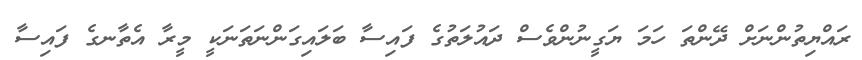
ރައްޔިތުންނަށް ދޭންތަ ހަމަ ޔަގީނުންވެސް ދައުލަތުގެ ފައިސާ ބަލައިގަންނަތަނަކީ މީރާ އެތާނގެ ފައިސާ